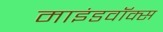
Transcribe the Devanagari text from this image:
माइंडवॉक्स